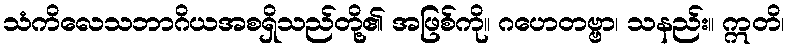
သံကိလေသဘာဂိယအစရှိသည်တို့၏ အဖြစ်ကို။ ဂဟေတဗ္ဗာ၊ သနည်း။ ဣတိ၊